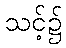
သင့်၌